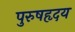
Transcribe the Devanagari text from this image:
पुरुषहृदय